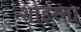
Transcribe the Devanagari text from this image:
शाईस्ता